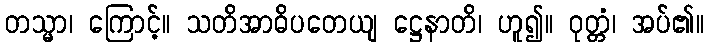
တသ္မာ၊ ကြောင့်။ သတိအာဓိပတေယျ ဋ္ဌေနာတိ၊ ဟူ၍။ ဝုတ္တံ၊ အပ်၏။